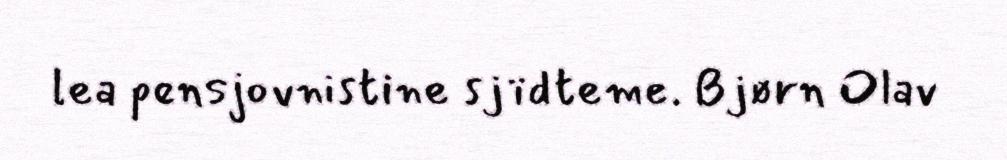
lea pensjovnistine sjïdteme. Bjørn Olav